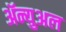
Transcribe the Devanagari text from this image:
ॲन्युअल